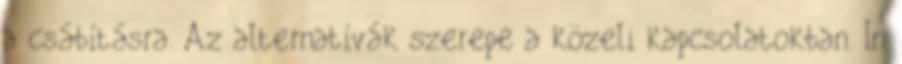
a csábításra. Az alternatívák szerepe a közeli kapcsolatokban. In